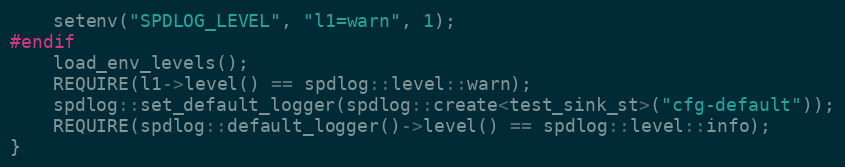
Language: C++
    setenv("SPDLOG_LEVEL", "l1=warn", 1);
#endif
    load_env_levels();
    REQUIRE(l1->level() == spdlog::level::warn);
    spdlog::set_default_logger(spdlog::create<test_sink_st>("cfg-default"));
    REQUIRE(spdlog::default_logger()->level() == spdlog::level::info);
}